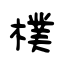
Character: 樸